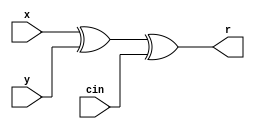
module falogic(
output r,
input x,
input y,
input cin
 );
xor cx1 ( t1, x,y );
xor cx2 ( r, t1, cin );
endmodule
module register_logic(
 input clk,
 input enable ,
 input [4:0] Data ,
 output reg [4:0] Q ) ;
 always @(posedge clk )
 begin
 if ( enable) begin
 Q = Data;
 end
 end
endmodule